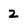
Character: 2